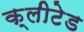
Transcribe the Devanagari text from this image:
क्लीटेड